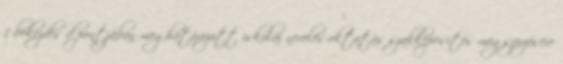
1 bekezdés d pontjában meghatározott iskolai nevelés-oktatás szakképesítés megszerzésére